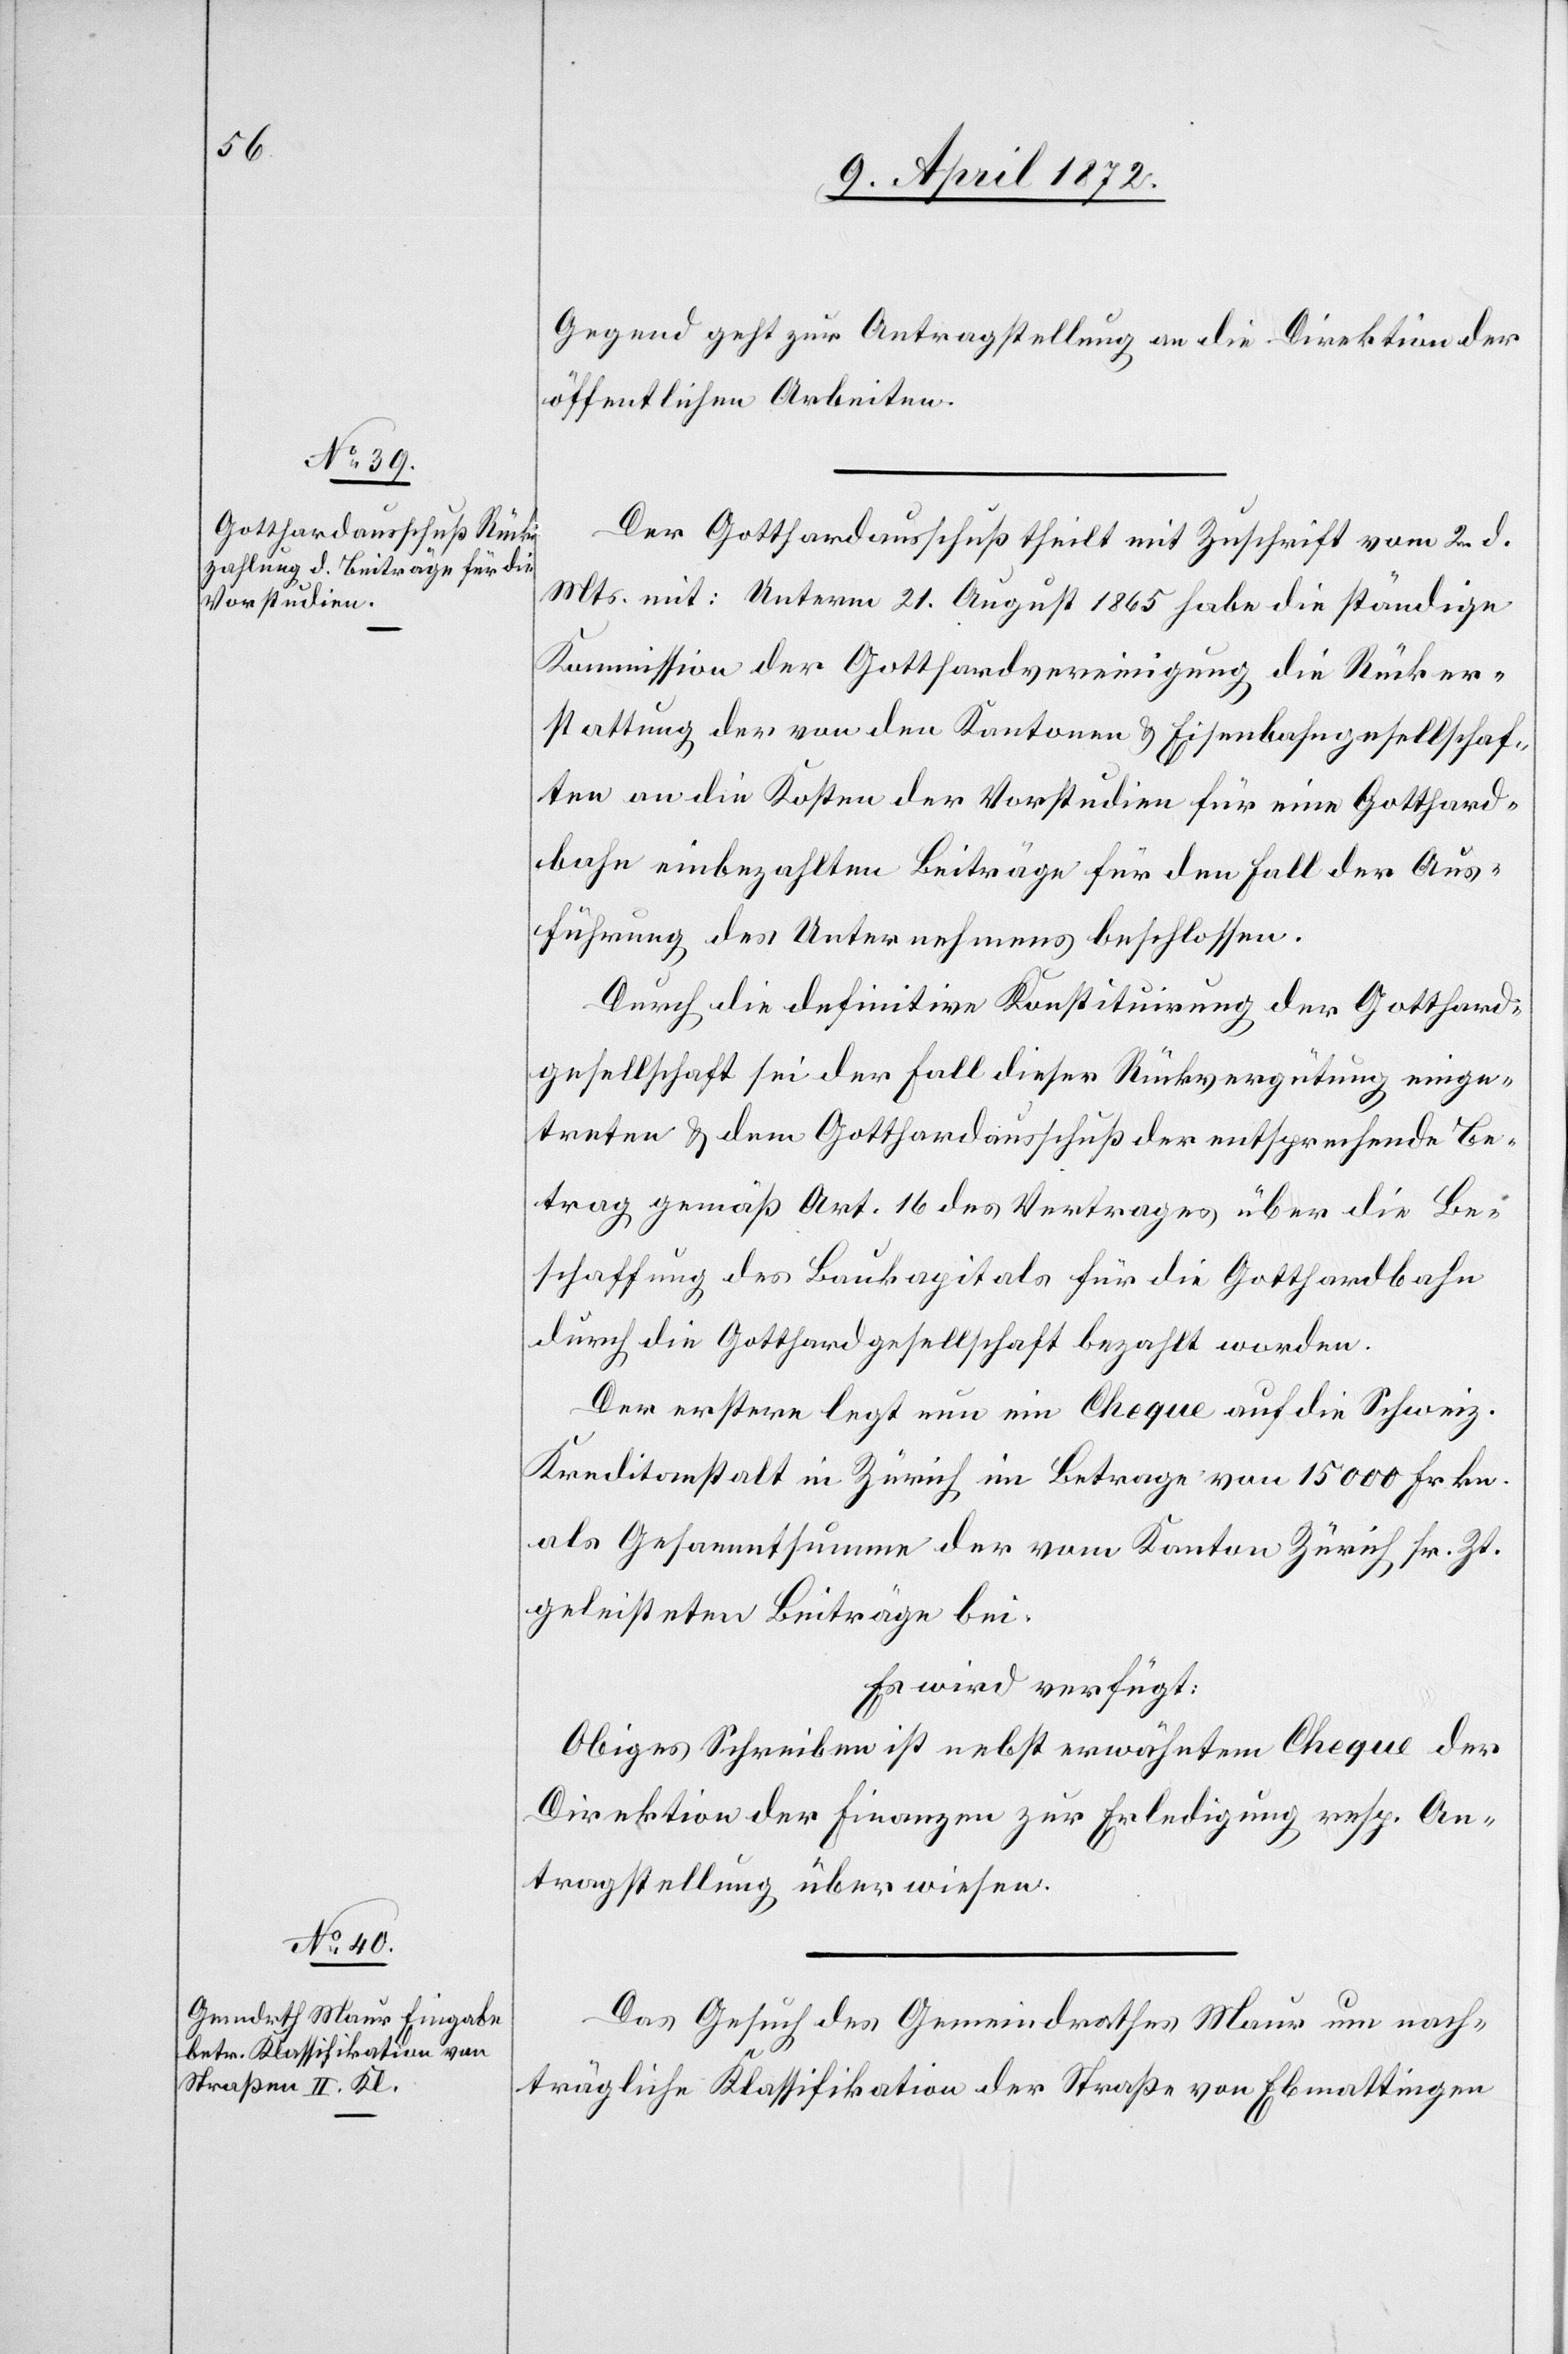
9. April 1872.]
Gegend geht zur Antragstellung an die Direktion der
öffentlichen Arbeiten.
Der Gotthardausschuß theilt mit Zuschrift vom 2. d.
Mts. mit: Unterm 21. August 1865 habe die ständige
Kommission der Gotthardvereinigung die Rücker¬
stattung der von den Kantonen u. Eisenbahngesellschaf¬
ten an die Kosten der Vorstudien für eine Gotthard¬
bahn einbezahlten Beiträge für den Fall der Aus¬
führung des Unternehmens beschlossen.
Durch die definitive Konstituirung der Gotthard¬
gesellschaft sei der Fall dieser Rückvergütung einge¬
treten u. dem Gotthardausschuß der entsprechende Be¬
trag gemäß Art. 16 des Vertrages über die Be¬
schaffung des Baukapitals für die Gotthardbahn
durch die Gotthardgesellschaft bezahlt worden.
Der erstere legt nun ein Cheque auf die Schweiz.
Kreditanstalt in Zürich im Betrage von 15 000 Frkn.
als Gesammtsumme der vom Kanton Zürich sr. Zt.
geleisteten Beiträge bei.
Es wird verfügt:
Obiges Schreiben ist nebst erwähntem Cheque der
Direktion der Finanzen zur Erledigung resp. An¬
tragstellung überwiesen.
Das Gesuch des Gemeindrathes Maur um nach¬
trägliche Klassifikation der Straße von Ebmattingen